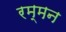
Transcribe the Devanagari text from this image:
रम्मन